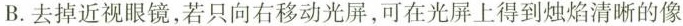
B.去掉近视眼镜，若只向右移动光屏，可在光屏上得到烛焰清晰的像